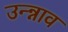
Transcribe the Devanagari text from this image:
उन्न्नाव